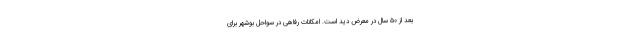
بعد از ۵۰ سال در معرض دید است. امکانات رفاهی در سواحل بوشهر برای